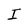
Character: I